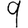
Digit: 9